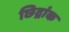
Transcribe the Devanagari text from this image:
छिद्रांक